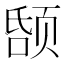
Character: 𬱤